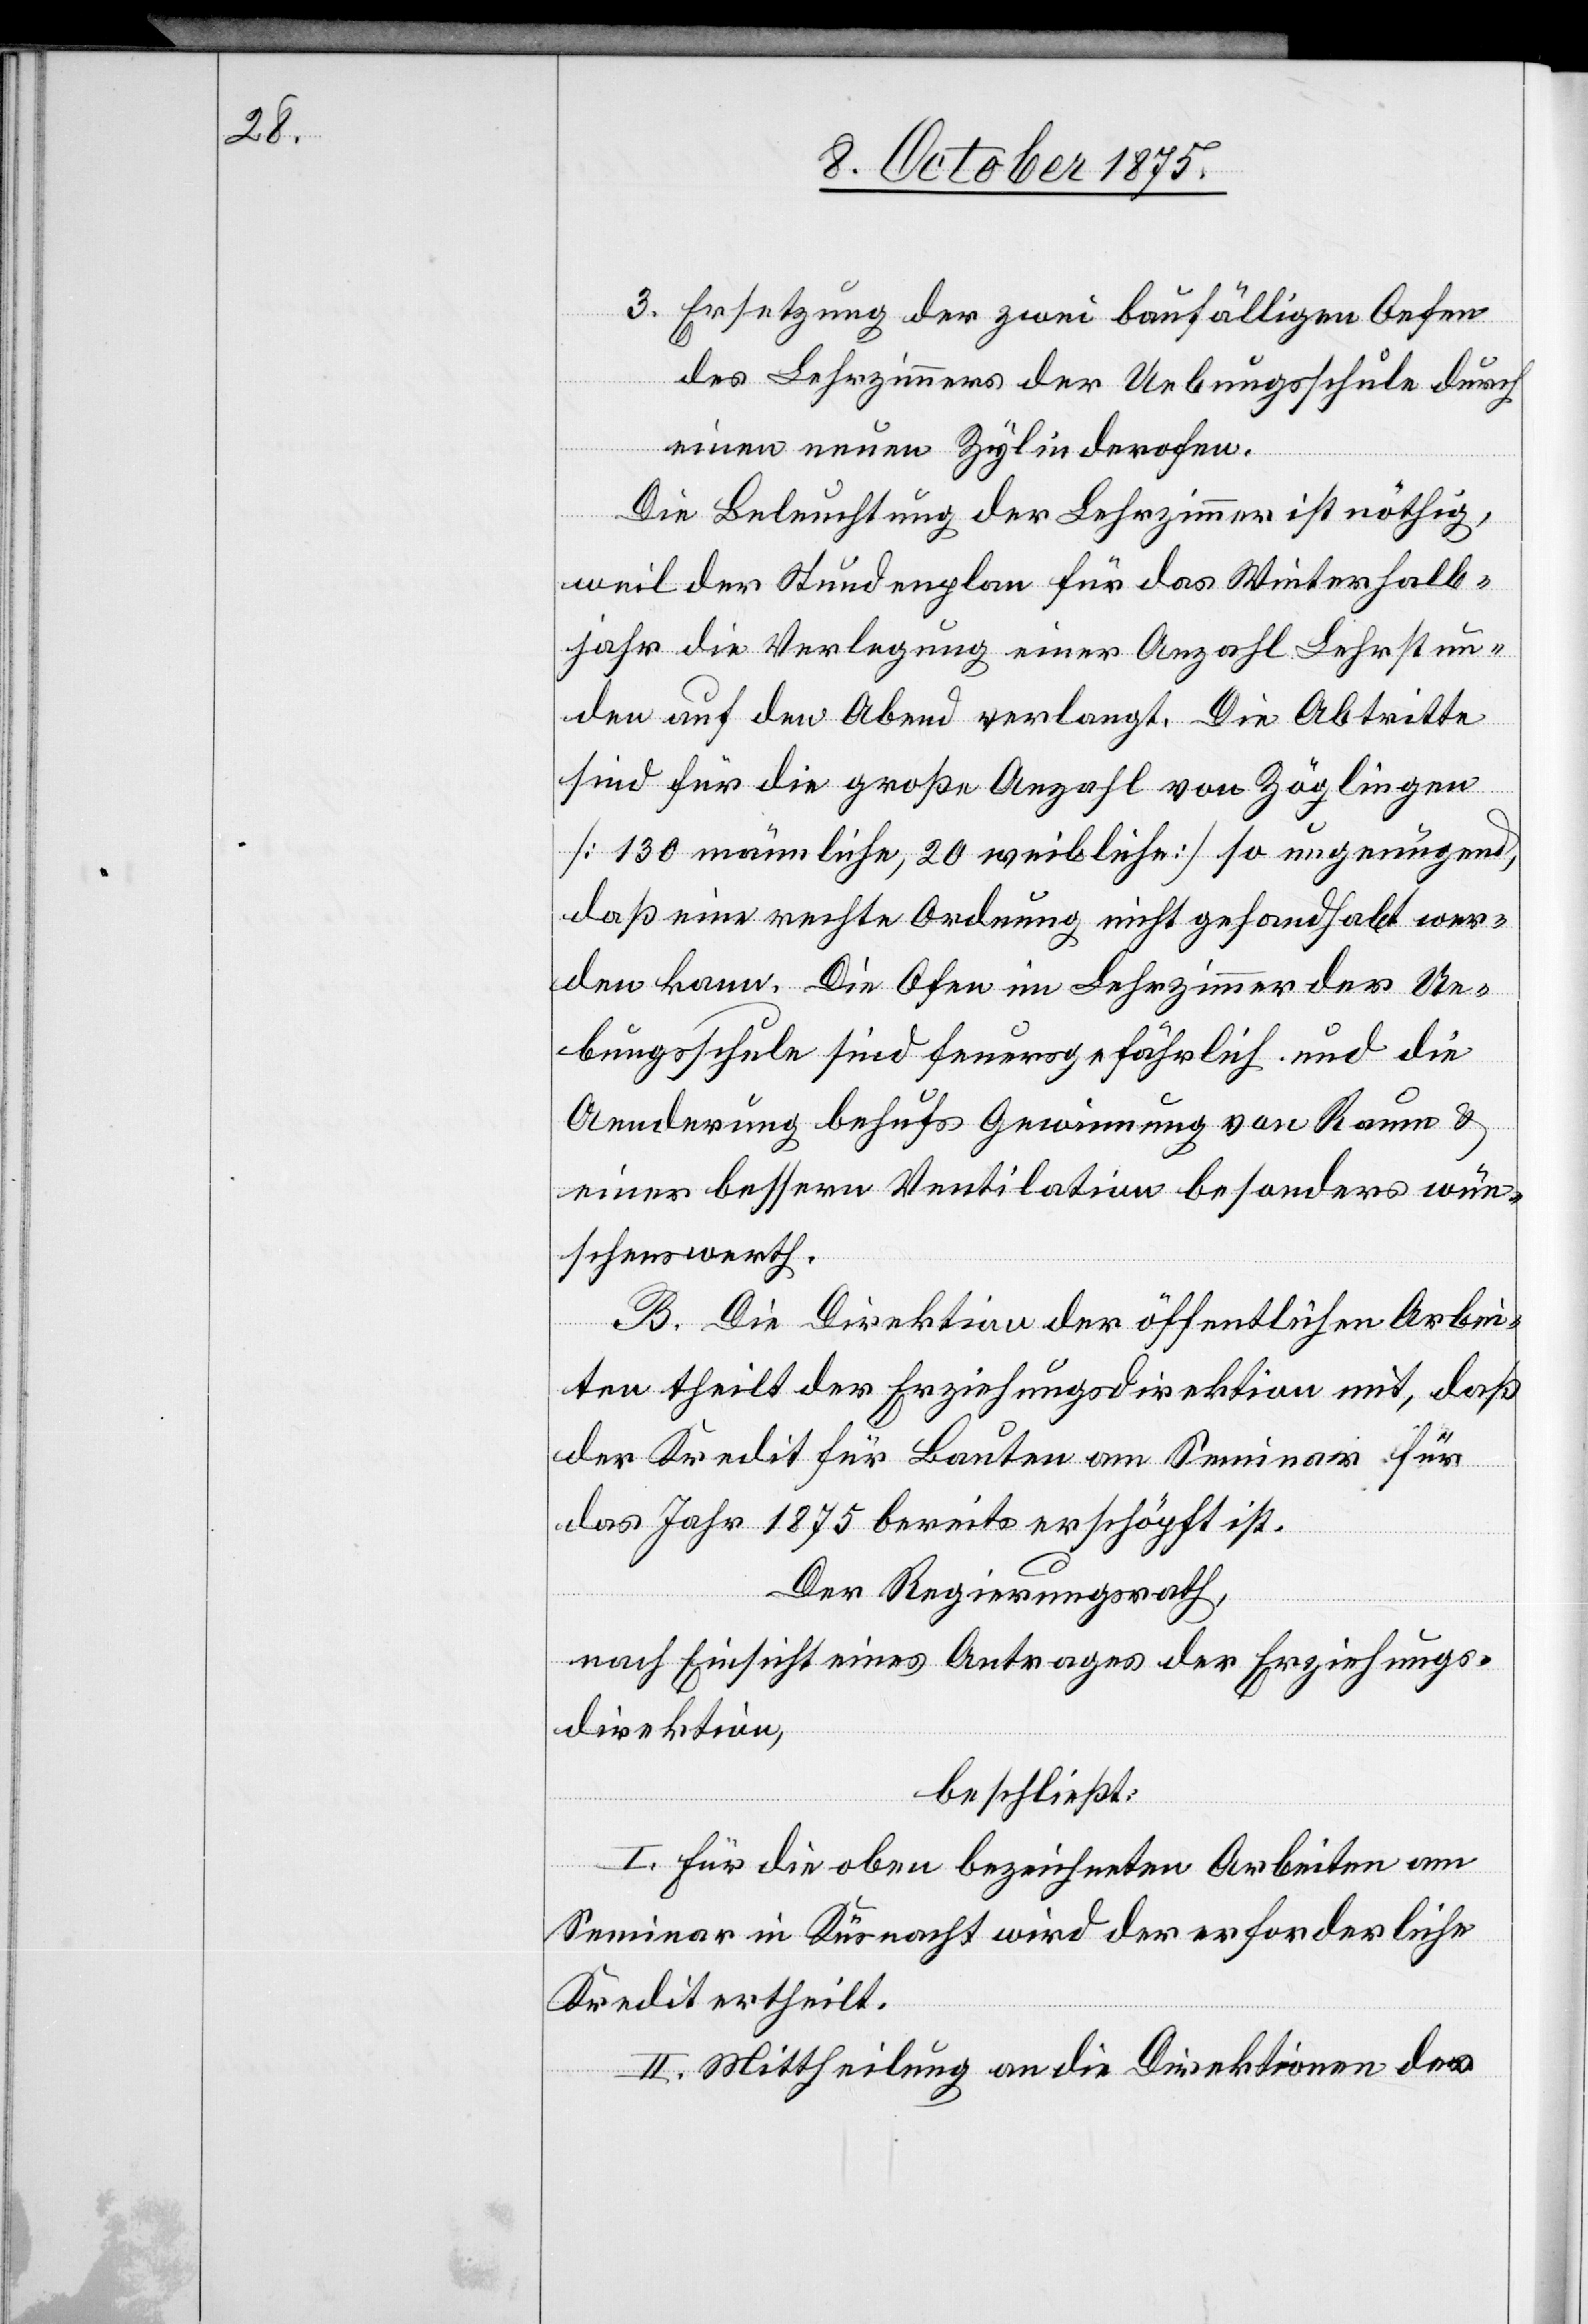
3. Ersetzung der zwei baufälligen Oefen
des Lehrzimmers der Uebungsschule durch
einen neuen Zylinderofen.
Die Beleuchtung der Lehrzimmer ist nöthig,
weil der Stundenplan für das Winterhalb¬
jahr die Verlegung einer Anzahl Lehrstun¬
den auf den Abend verlangt. Die Abtritte
sind für die große Anzahl von Zöglingen
[130 männliche, 20 weibliche] so ungenügend,
daß eine rechte Ordnung nicht gehandhabt wer¬
den kann. Die O[e]fen im Lehrzimmer der Ue¬
bungsschule sind feuergefährlich und die
Aenderung behufs Gewinnung von Raum &
einer bessern Ventilation besonders wün¬
schenswerth.
B. Die Direktion der öffentlichen Arbei¬
ten theilt der Erziehungsdirektion mit, daß
der Kredit für Bauten am Seminar für
das Jahr 1875 bereits erschöpft ist.
Der Regierungsrath,
nach Einsicht eines Antrages der Erziehungs¬
direktion,
beschließt:
I. Für die oben bezeichneten Arbeiten am
Seminar in Küsnacht wird der erforderliche
Kredit ertheilt.
II. Mittheilung an die Direktionen der